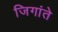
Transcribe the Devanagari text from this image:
जिगांते